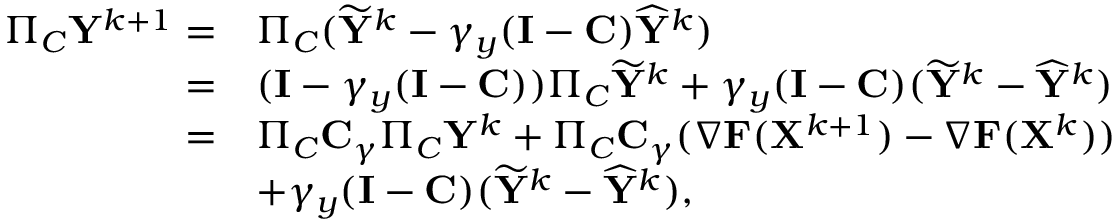
\begin{array} { r l } { \Pi _ { C } { \mathbf { Y } } ^ { k + 1 } = } & { \Pi _ { C } ( \widetilde { { \mathbf { Y } } } ^ { k } - \gamma _ { y } ( { \mathbf { I } } - { \mathbf { C } } ) \widehat { { \mathbf { Y } } } ^ { k } ) } \\ { = } & { ( { \mathbf { I } } - \gamma _ { y } ( { \mathbf { I } } - { \mathbf { C } } ) ) \Pi _ { C } \widetilde { { \mathbf { Y } } } ^ { k } + \gamma _ { y } ( { \mathbf { I } } - { \mathbf { C } } ) ( \widetilde { { \mathbf { Y } } } ^ { k } - \widehat { { \mathbf { Y } } } ^ { k } ) } \\ { = } & { \Pi _ { C } { \mathbf { C } } _ { \gamma } \Pi _ { C } { \mathbf { Y } } ^ { k } + \Pi _ { C } { \mathbf { C } } _ { \gamma } ( \nabla { \mathbf { F } } ( { \mathbf { X } } ^ { k + 1 } ) - \nabla { \mathbf { F } } ( { \mathbf { X } } ^ { k } ) ) } \\ & { + \gamma _ { y } ( { \mathbf { I } } - { \mathbf { C } } ) ( \widetilde { { \mathbf { Y } } } ^ { k } - \widehat { { \mathbf { Y } } } ^ { k } ) , } \end{array}